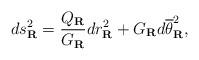
LaTeX: \begin{align*}ds_{\mathbf{R}}^{2}=\frac{Q_{\mathbf{R}}}{G_{\mathbf{R}}}dr_{\mathbf{R}}^{2}+G_{\mathbf{R}}d\overline{\theta }_{\mathbf{R}}^{2}, \end{align*}